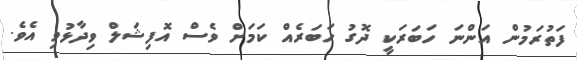
ފަތުރަމުން އަންނަ ހަބަރަކީ ދޮގު ހަބަރެއް ކަމަށް ވެސް އޮފިޝަލް ވިދާޅުވި އެވެ.